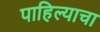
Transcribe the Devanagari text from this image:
पाहिल्याचा